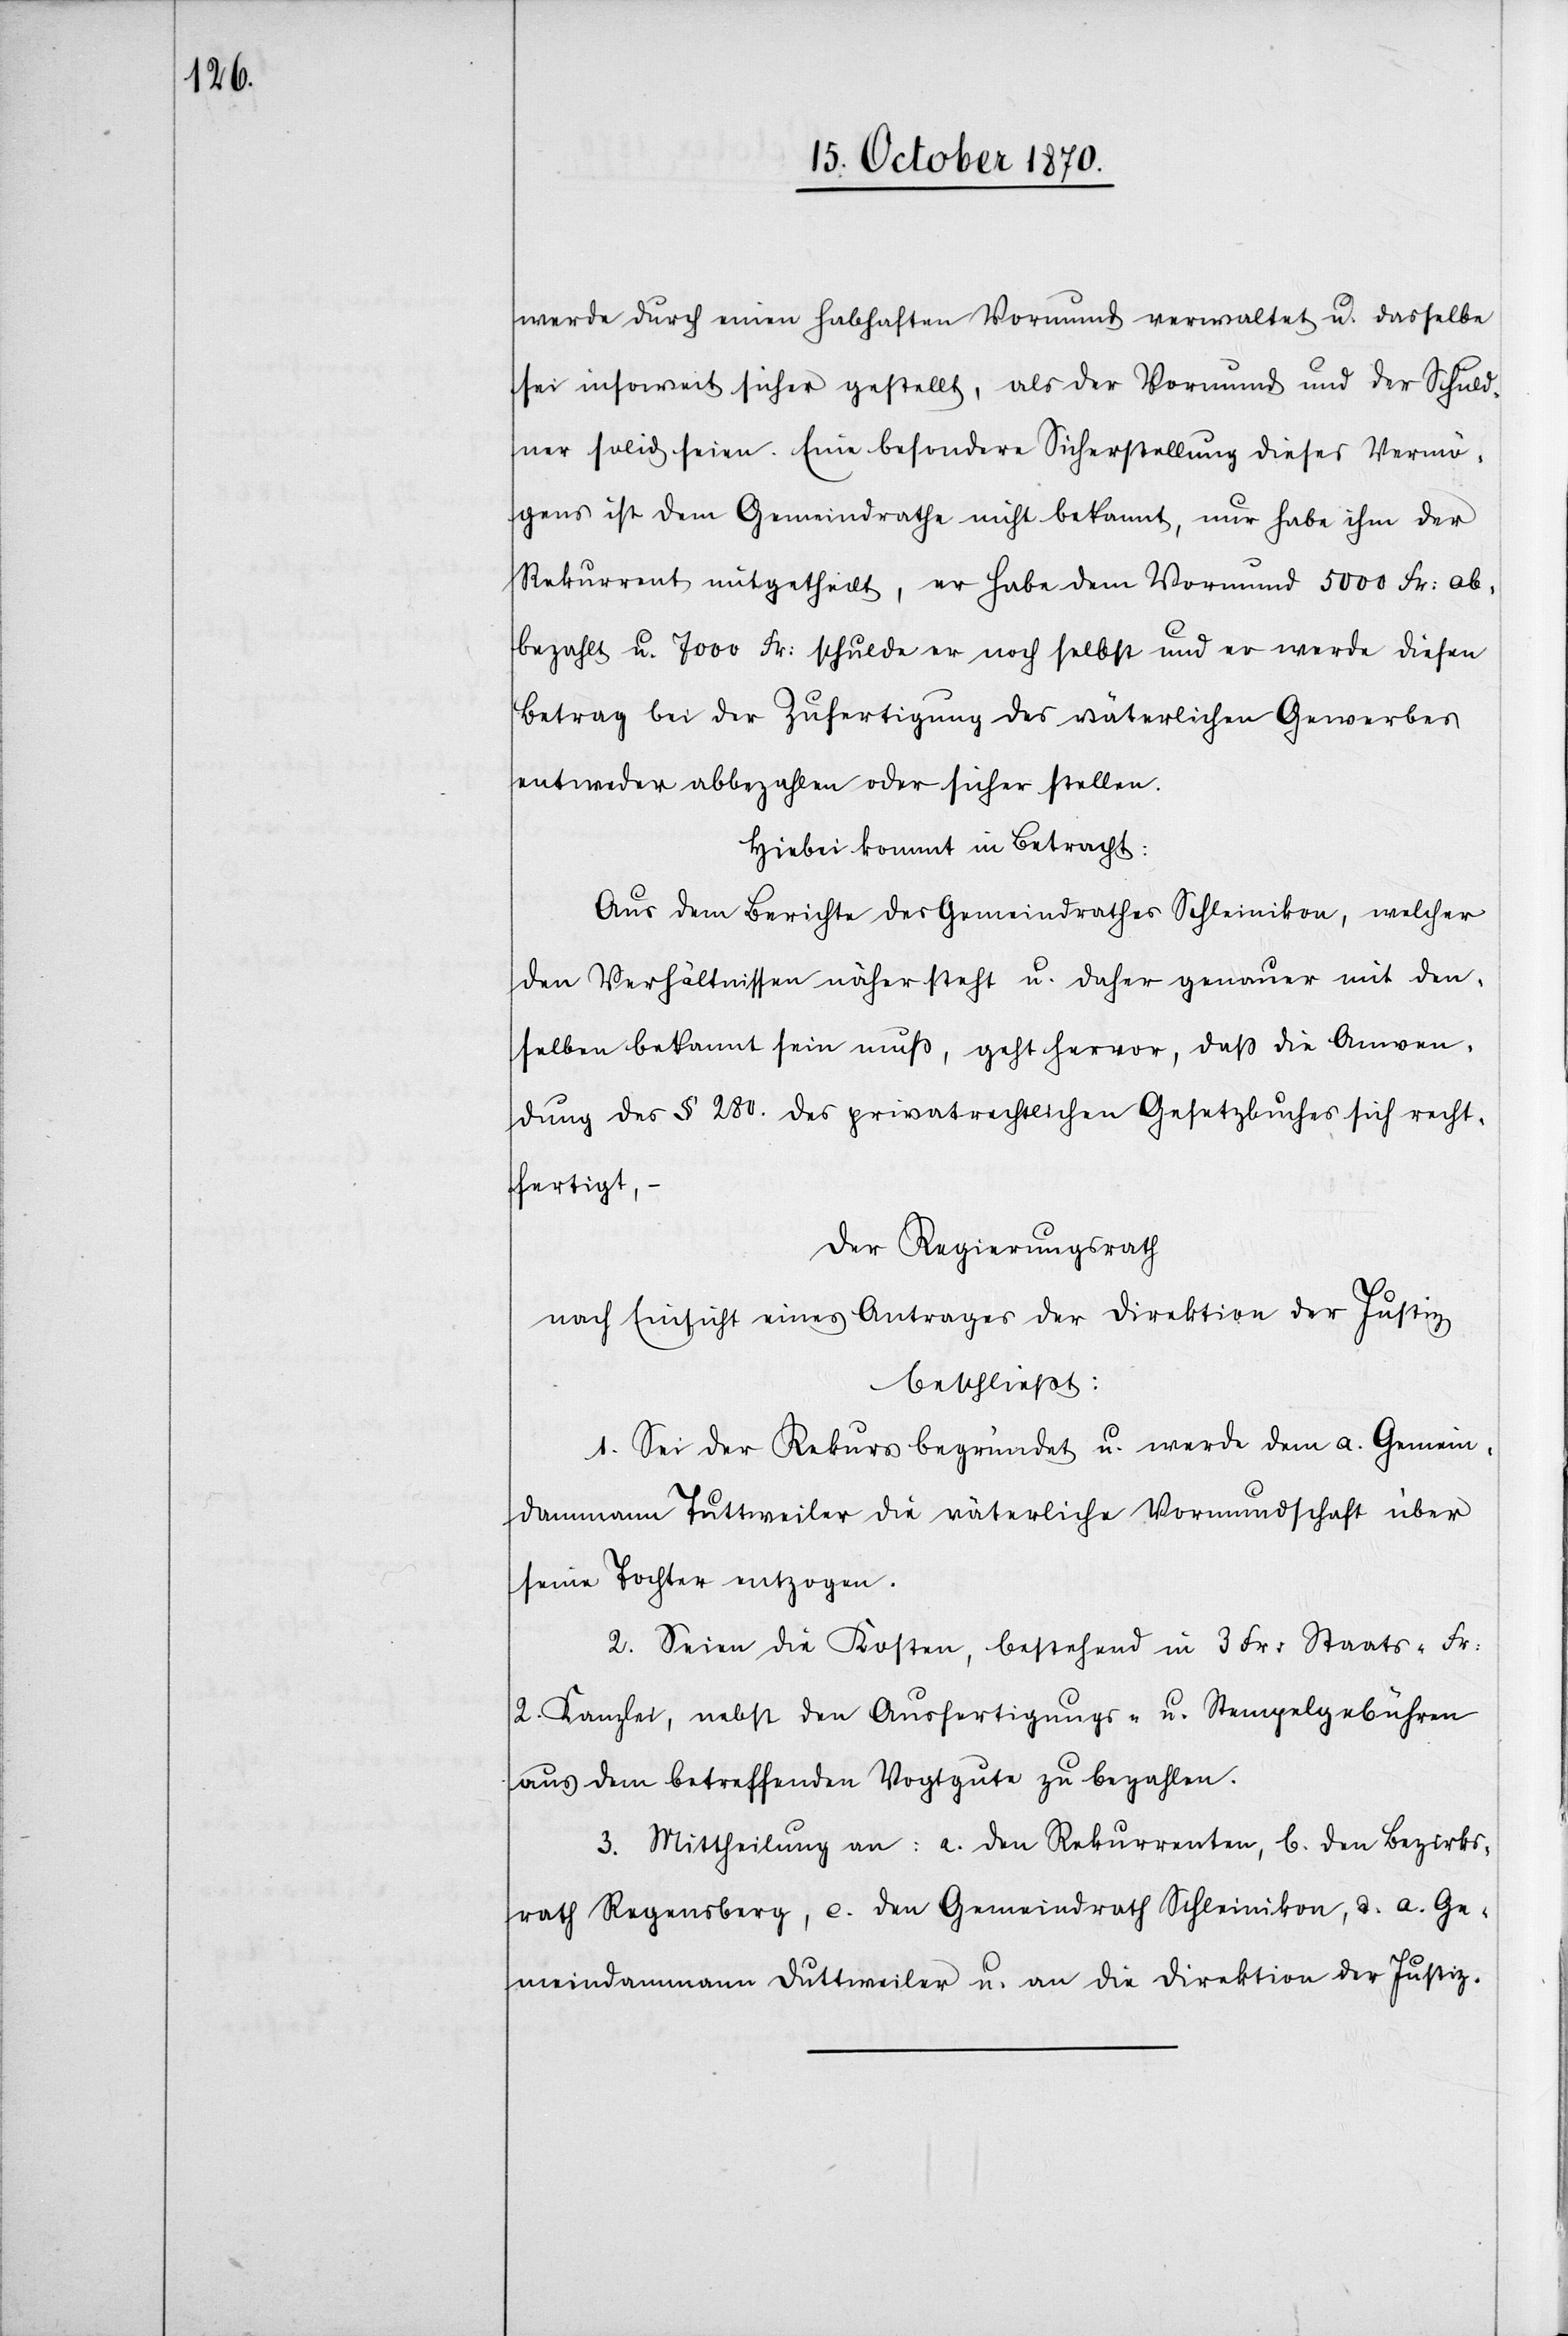
werde durch einen habhaften Vormund verwaltet u. dasselbe
sei insoweit sicher gestellt, als der Vormund und der Schuld¬
ner solid seien. Eine besondere Sicherstellung dieses Vermö¬
gens ist dem Gemeindrathe nicht bekannt, nur habe ihm der
Rekurrent mitgetheilt, er habe dem Vormund 5000 Fr: ab¬
bezahlt u. 7000 Fr: schulde er noch selbst und er werde diesen
Betrag bei der Zufertigung der väterlichen Gewerbes
entweder abbezahlen oder sicher stellen.
Hiebei kommt in Betracht:
Aus dem Berichte des Gemeindrathes Schleinikon, welcher
den Verhältnissen näher steht u. daher genauer mit den¬
selben bekannt sein muß, geht hervor, daß die Anwen¬
dung des § 280. des privatrechtlichen Gesetzbuches sich recht¬
fertigt, –
Der Regierungsrath
nach Einsicht eines Antrages der Direktion der Justiz
beschließt:
1. Sei der Rekurs begründet u. werde dem a. Gemein¬
dammann Tuttweiler [sic!] die väterliche Vormundschaft über
seine Tochter entzogen.
2. Seien die Kosten, bestehend in 3 Fr: Staats[,] Fr:
2. Kanzlei, nebst den Ausfertigungs- u. Stempelgebühren
aus dem betreffenden Vogtgute zu bezahlen.
3. Mittheilung an: a. den Rekurrenten, b. den Bezirks¬
rath Regensberg, c. den Gemeindrath Schleinikon, d. a. Ge¬
meindammann Duttweiler u. an die Direktion der Justiz.